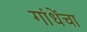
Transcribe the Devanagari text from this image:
गांधेंचा